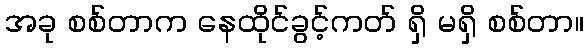
အခု စစ်တာက နေထိုင်ခွင့်ကတ် ရှိ မရှိ စစ်တာ။